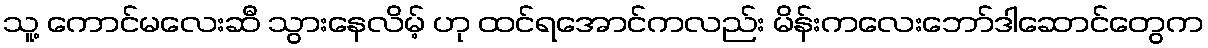
သူ့ ကောင်မလေးဆီ သွားနေလိမ့် ဟု ထင်ရအောင်ကလည်း မိန်းကလေးဘော်ဒါဆောင်တွေက